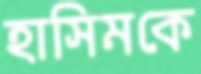
হাসিমকে